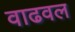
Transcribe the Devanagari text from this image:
वाढवल